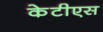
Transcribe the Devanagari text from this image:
केटीएस